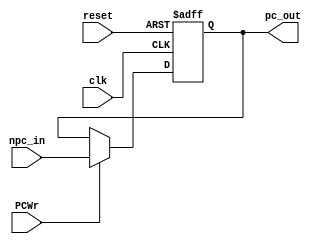
module PC_module(npc_in, clk, reset, pc_out, PCWr);	
    input [31:0]npc_in;
    input clk, reset, PCWr;
    output [31:0]pc_out;
    reg [31:0]pc_out;
    always @ (posedge clk or posedge reset)
    	if(reset)
	       pc_out <= 32'h0000_3000;
	   else 
	       if(PCWr)
	           pc_out <= npc_in;
	       else pc_out <= pc_out;
endmodule